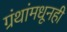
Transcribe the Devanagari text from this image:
ग्रंथांमधूनही